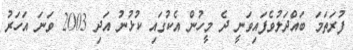
ފުރަތަމަ ބައްދަލުވެފައިވަނީ ދެ މީހުން އެކުގައި ކުޅުނު އަދި 2003 ވަނަ އަހަރު